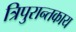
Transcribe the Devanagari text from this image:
त्रिपुरान्तकाय